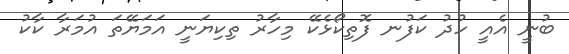
ބުނީ އެއީ ހުދު ކަފުނ ފޮތިކޯޅެކޭ މިހާރު ތިކިޔަނީ އަމަޔޭތަ އުމަރާ ކާކު